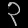
Digit: ၃